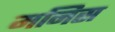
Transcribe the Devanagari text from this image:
मनिस